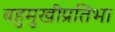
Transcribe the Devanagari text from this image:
बहुमुखीप्रतिभा